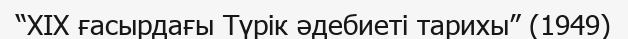
“XIX ғасырдағы Түрік әдебиеті тарихы” (1949)